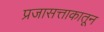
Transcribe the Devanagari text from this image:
प्रजासत्ताकातून